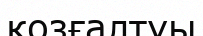
қозғалтуы